Veterinary regulations India, 1935 -
Year: 1935
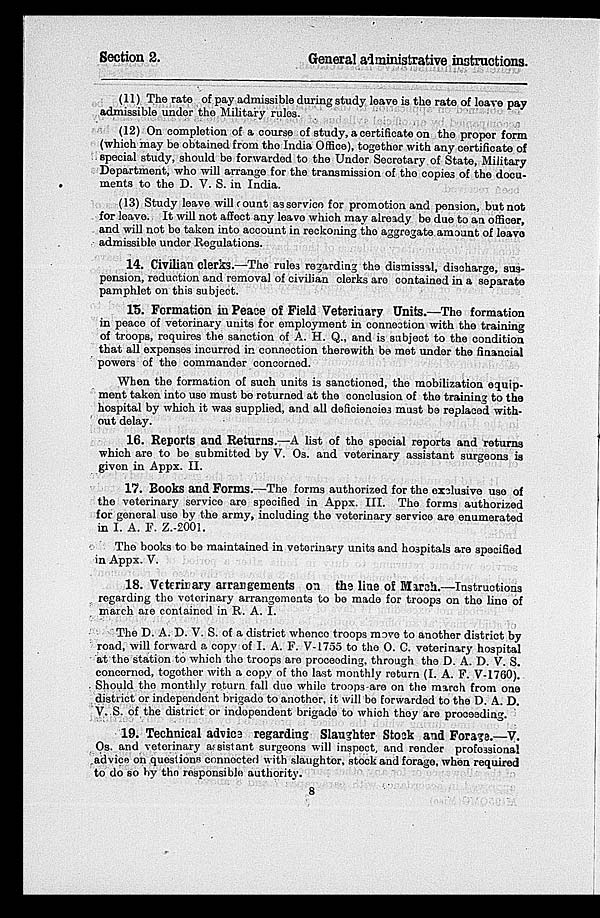
Section 2.
General administrative instructions.
(11) The rate of pay admissible during study leave is the rate of leave pay
admissible under the Military rules.
(12) On completion of a course of study, a certificate on the proper form
(which may be obtained from the India Office), together with any certificate of
special study, should be forwarded to the Under Secretary of State, Military
Department, who will arrange for the transmission of the copies of the docu-
ments to the D. V. S. in India.
(13) Study leave will fount as service for promotion and pension, but not
for leave. It will not affect any leave which may already be due to an officer,
and will not be taken into account in reckoning the aggregate amount of leave
admissible under Regulations.
14. Civilian clerks.—The rules regarding the dismissal, discharge, sus-
pension, reduction and removal of civilian clerks are contained in a separate
pamphlet on this subject.
15. Formation in Peace of Field Veterinary Units.—The formation
in peace of veterinary units for employment in connection with the training
of troops, requires the sanction of A. H. Q., and is subject to the condition
that all expenses incurred in connection therewith be met under the financial
powers of the commander concerned.
When the formation of such units is sanctioned, the mobilization equip-
ment taken into use must be returned at the conclusion of the training to the
hospital by which it was supplied, and all deficiencies must be replaced with-
out delay.
16. Reports and Returns.—A list of the special reports and returns
which are to be submitted by V. Os. and veterinary assistant surgeons is
given in Appx. II.
17. Books and Forms.—The forms authorized for the exclusive use of
the veterinary service are specified in Appx. III. The forms authorized
for general use by the army, including the veterinary service are enumerated
in I. A. F. Z.-2001.
The books to be maintained in veterinary units and hospitals are specified
in Appx. V.
18. Veterirary arrangements on the line of March.—Instructions
regarding the veterinary arrangements to be made for troops on the line of
march are contained in R. A. I.
The D. A. D. V. S. of a district whence troops move to another district by
road, will forward a copy of I. A. F. V-1755 to the O. C. veterinary hospital
at the station to which the troops are proceeding, through the D. A. D. V. S.
concerned, together with a copy of the last monthly return (I. A. F. V-1760).
Should the monthly return fall duo while troops are on the march from one
district or independent brigade to another. it will be forwarded to the D. A. D.
V. S. of the district or independent brigade to which they are proceeding.
19. Technical advice regarding Slaughter Stock and Forage.—V.
Os. and vetorinary assistant surgeons will inspect, and render professional
advice on questions connected with slaughter, stock and forage, when required
to do so by the responsible authority.
8